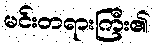
မင်းတရားကြီး၏